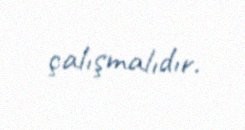
çalışmalıdır.